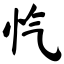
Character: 忾